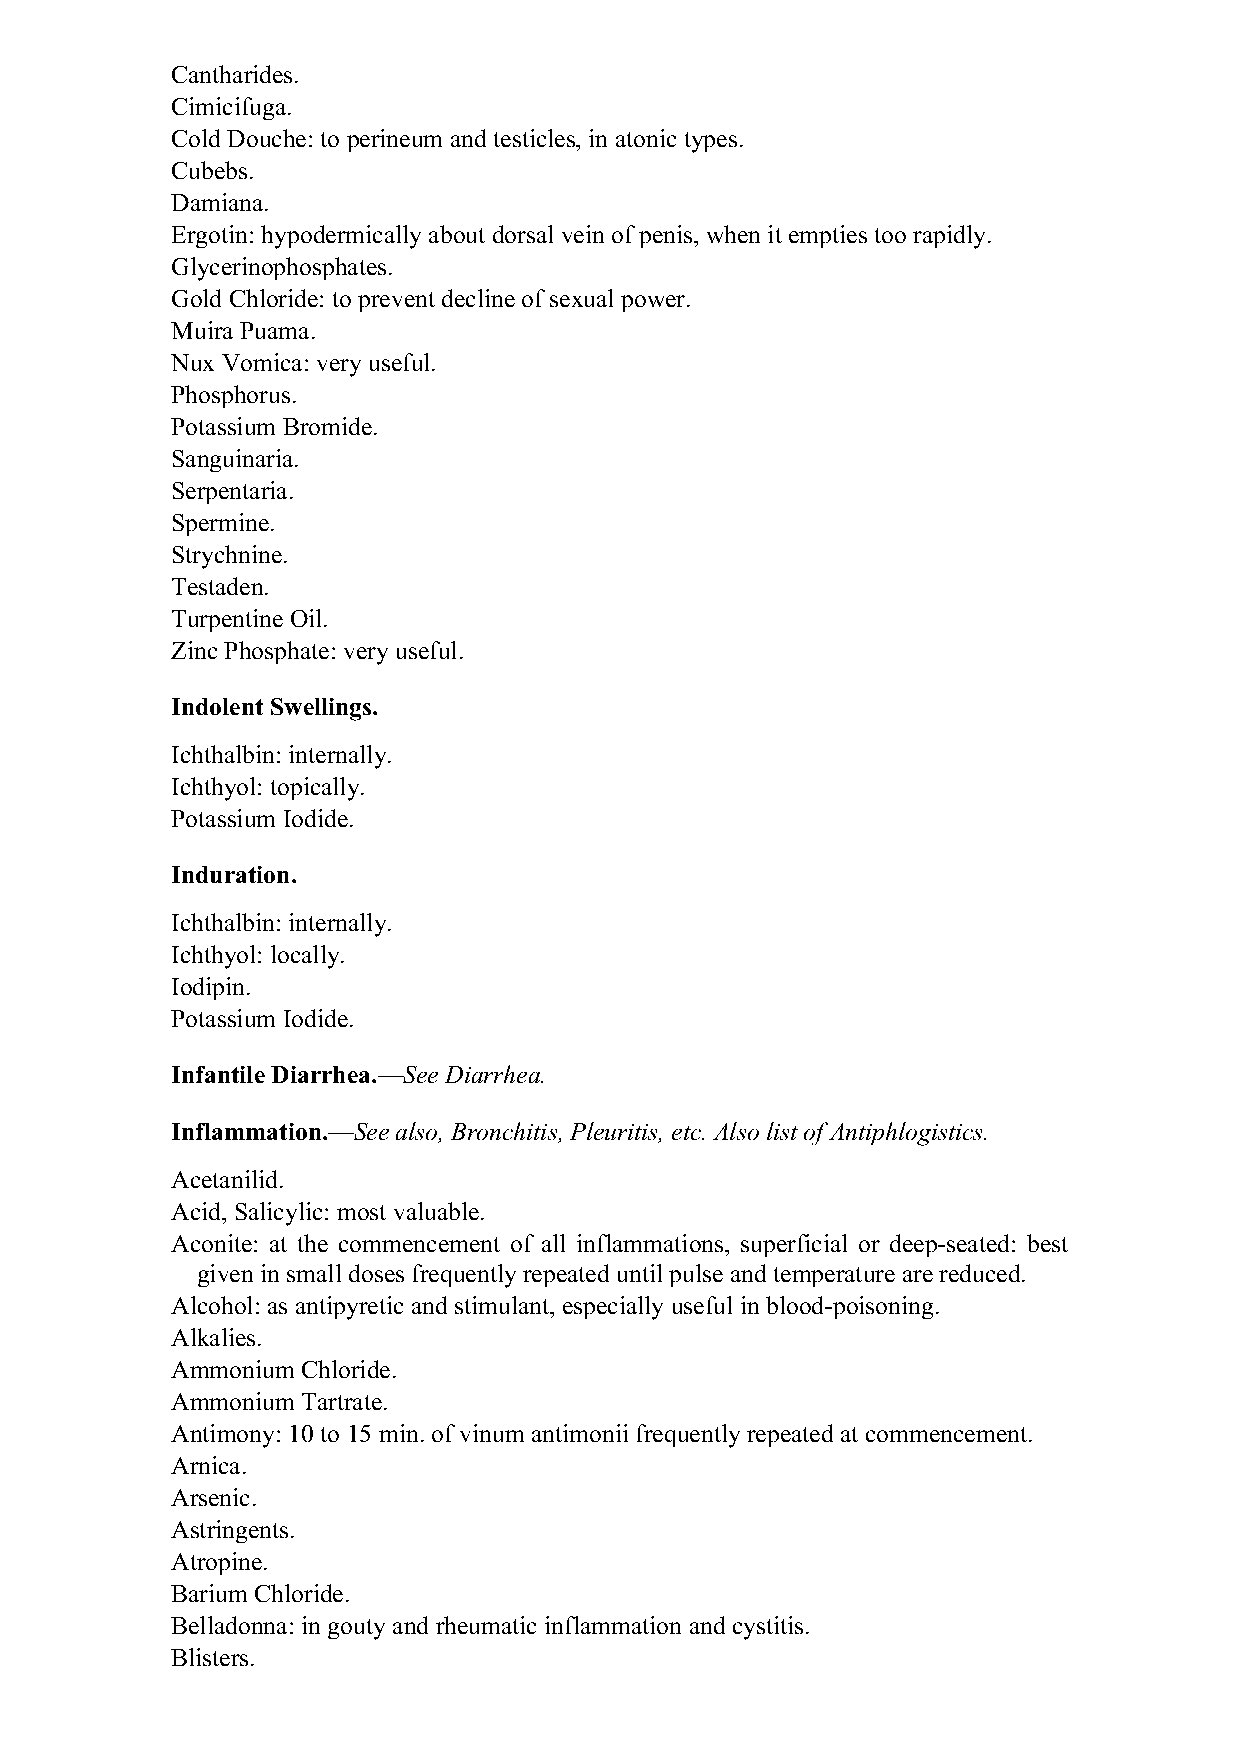
Cantharides.
 Cimicifuga.
 Cold Douche: to perineum and testicles, in atonic types.
 Cubebs.
 Damiana.
 Ergotin: hypodermically about dorsal vein of penis, when it empties too rapidly.
 Glycerinophosphates.
 Gold Chloride: to prevent decline of sexual power.
 Muira Puama.
 Nux Vomica: very useful.
 Phosphorus.
 Potassium Bromide.
 Sanguinaria.
 Serpentaria.
 Spermine.
 Strychnine.
 Testaden.
 Turpentine Oil.
 Zinc Phosphate: very useful.
 Indolent Swellings.
 Ichthalbin: internally.
 Ichthyol: topically.
 Potassium Iodide.
 Induration.
 Ichthalbin: internally.
 Ichthyol: locally.
 Iodipin.
 Potassium Iodide.
 Infantile Diarrhea.—See Diarrhea.
 Inflammation.—See also, Bronchitis, Pleuritis, etc. Also list of Antiphlogistics.
 Acetanilid.
 Acid, Salicylic: most valuable.
 Aconite: at the commencement of all inflammations, superficial or deep-seated: best
 given in small doses frequently repeated until pulse and temperature are reduced.
 Alcohol: as antipyretic and stimulant, especially useful in blood-poisoning.
 Alkalies.
 Ammonium Chloride.
 Ammonium Tartrate.
 Antimony: 10 to 15 min. of vinum antimonii frequently repeated at commencement.
 Arnica.
 Arsenic.
 Astringents.
 Atropine.
 Barium Chloride.
 Belladonna: in gouty and rheumatic inflammation and cystitis.
 Blisters.